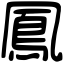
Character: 鳳